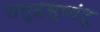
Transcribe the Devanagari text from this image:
समुद्रसृप्यंतु